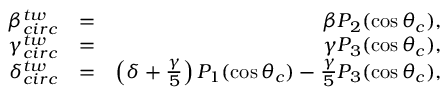
\begin{array} { r l r } { \beta _ { c i r c } ^ { t w } } & { = } & { \beta P _ { 2 } ( \cos \theta _ { c } ) , } \\ { \gamma _ { c i r c } ^ { t w } } & { = } & { \gamma P _ { 3 } ( \cos \theta _ { c } ) , } \\ { \delta _ { c i r c } ^ { t w } } & { = } & { \left( \delta + \frac { \gamma } { 5 } \right) P _ { 1 } ( \cos \theta _ { c } ) - \frac { \gamma } { 5 } P _ { 3 } ( \cos \theta _ { c } ) , } \end{array}